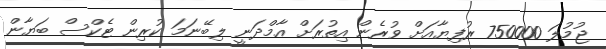
ޖުމުލަ 750000 ރުފިޔާއަށް ވުރެން އިތުރަށް އާމްދަނީ ލިބޭނަމަ ކުރިން ޓެކްސް ބަޔާން